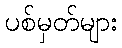
ပစ်မှတ်များ